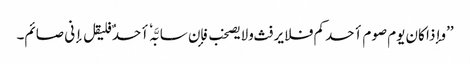
’’وإذا کان یوم صوم أحدکم فلا یرفث ولایصخب فإن سابَّہٗ أحدٌ فلیقل إنی صائم۔